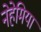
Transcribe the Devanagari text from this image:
नेहेमिया